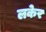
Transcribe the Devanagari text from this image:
लकेर